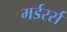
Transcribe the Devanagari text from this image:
मर्डरर्स